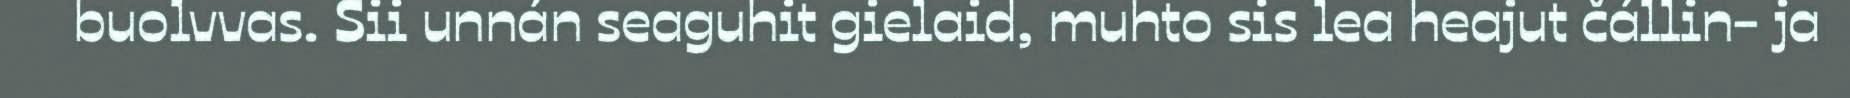
buolvvas. Sii unnán seaguhit gielaid, muhto sis lea heajut čállin- ja